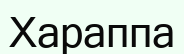
Хараппа